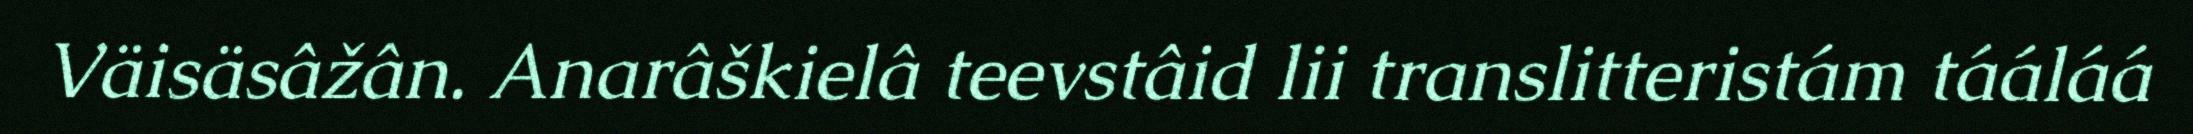
Väisäsâžân. Anarâškielâ teevstâid lii translitteristám tááláá